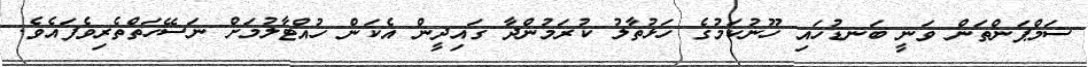
ސަމްޕަންތަން ވަނީ ބަނޑުހައި ހޫނުކަމުގެ ހަޅުތާލު ކުރަމުންދާ ގައިދީން އެކަން ހުއްޓާލުމަށް ނަސޭހަތްތެރިވެފައެވެ.